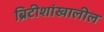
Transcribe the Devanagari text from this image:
ब्रिटीशांखालील